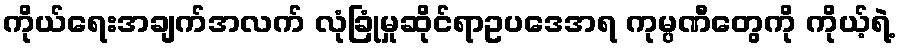
ကိုယ်ရေးအချက်အလက် လုံခြုံမှုဆိုင်ရာဥပဒေအရ ကုမ္ပဏီတွေကို ကိုယ့်ရဲ့